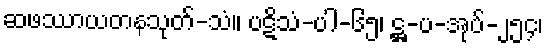
ဆဖဿာယတနသုတ်-သံ။ ပဋိသံ-ပါ-၆၅၊ ဋ္ဌ-ပ-အုပ်-၂၅၄၊